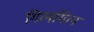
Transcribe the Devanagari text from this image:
गिलगिल